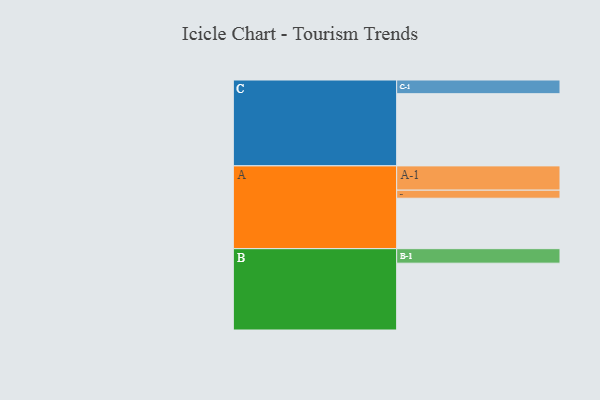
{"axis": {"x": "Segment", "y": "Value"}, "legend": ["", "A", "B", "C"], "data": [{"x": "A", "y": 376, "type": ""}, {"x": "B", "y": 498, "type": ""}, {"x": "C", "y": 538, "type": ""}, {"x": "A-1", "y": 181, "type": "A"}, {"x": "A-2", "y": 60, "type": "A"}, {"x": "B-1", "y": 108, "type": "B"}, {"x": "C-1", "y": 102, "type": "C"}]}